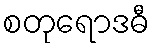
စတုရောဒဓီ